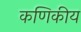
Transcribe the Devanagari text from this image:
कणिकीय